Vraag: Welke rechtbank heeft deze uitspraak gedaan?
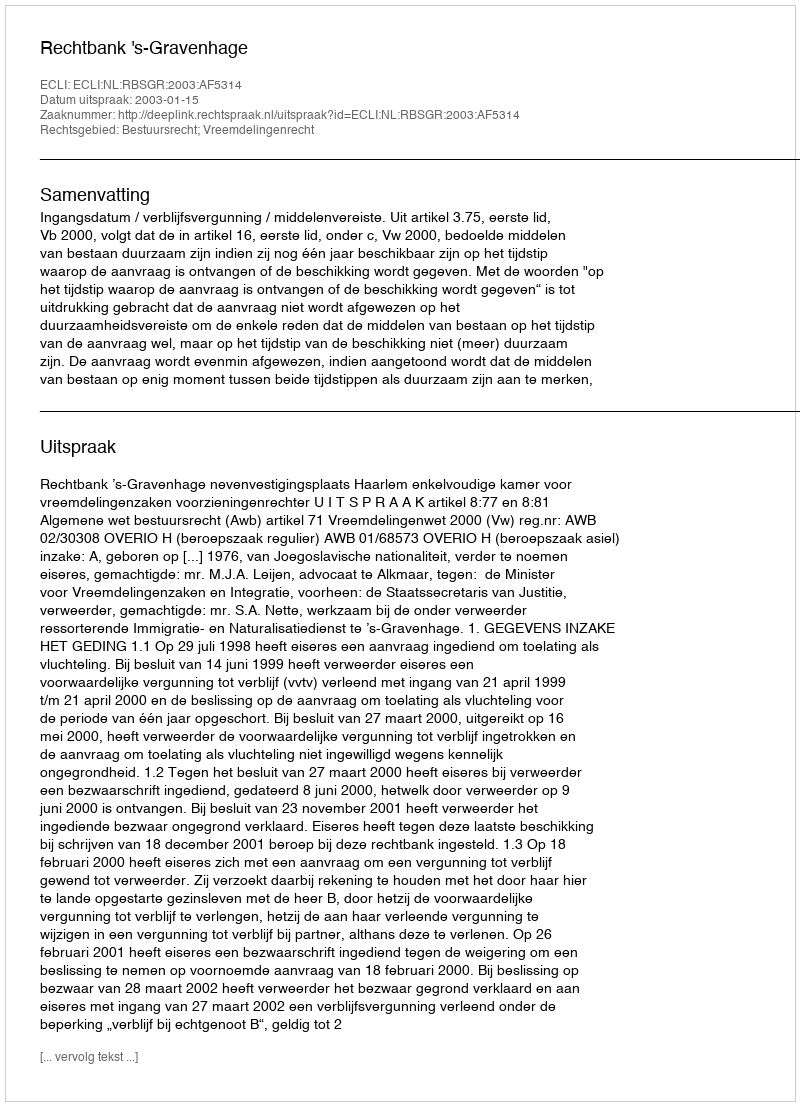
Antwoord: Rechtbank 's-Gravenhage